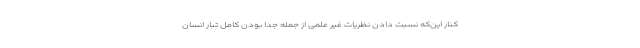
کنار این‌که نسبت دادن نظریات غیر علمی از جمله جدا بودن کامل تبار انسان